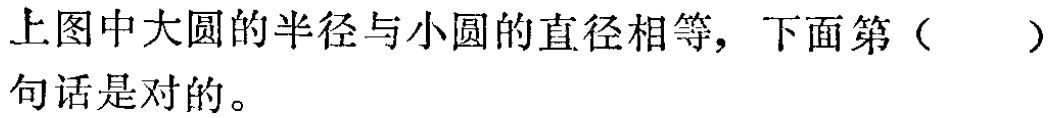
上图中大圆的半径与小圆的直径相等，下面第（  ）句话是对的。